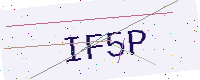
Text: IF5P